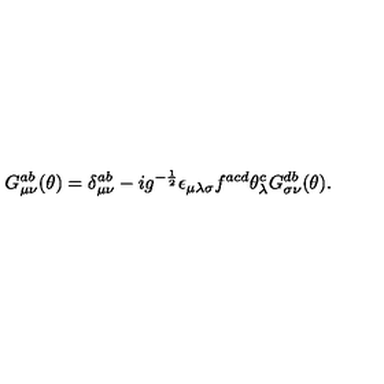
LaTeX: G _ { \mu \nu } ^ { a b } ( \theta ) = \delta _ { \mu \nu } ^ { a b } - i g ^ { - \frac { 1 } { 2 } } \epsilon _ { \mu \lambda \sigma } f ^ { a c d } \theta _ { \lambda } ^ { c } G _ { \sigma \nu } ^ { d b } ( \theta ) .